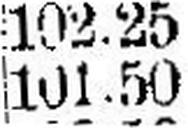
101.50